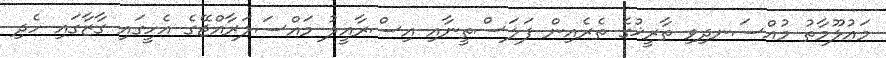
މައުލޫމާތު މުއްސަނދިވި ތާރީޚުގެ ތެރެއިން ފަލަސްތީނާއި އިސްރާއީލު މައްސަލަރާއްޖޭގެ އެހީގައި ގާޒާގައި ހެދި